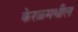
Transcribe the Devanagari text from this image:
केरळ्मधील